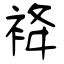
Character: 袶